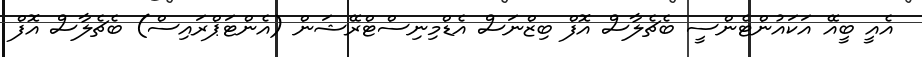
އެއީ ބީއޭ އަކައުންޓެންސީ ބެޗެލާސް އޮފް ބިޒްނަސް އެޑްމިނިސްޓްރޭޝަން (އެންޓަޕްރައިސް) ބެޗެލާސް އޮފް